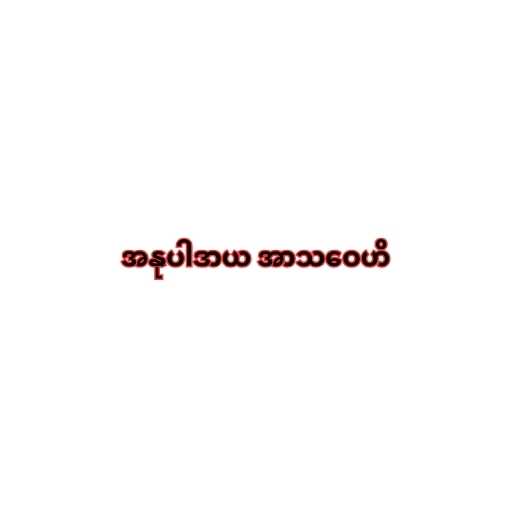
အနုပါဒာယ အာသဝေဟိ